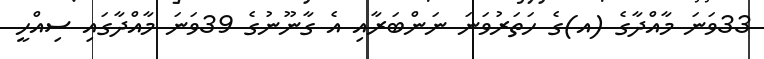
33ވަނަ މާއްދާގެ (އ)ގެ ހަތަރުވަނަ ނަންބަރާއި އެ ގާނޫނުގެ 39ވަނަ މާއްދާގައި ސިއްހީ